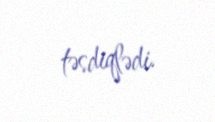
təsdiqlədi.